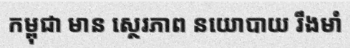
កម្ពុជា មាន ស្ថេរភាព នយោបាយ រឹងមាំ